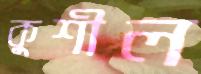
কুশীল